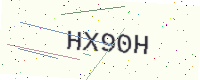
Text: HX90H